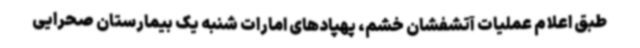
طبق اعلام عملیات آتشفشان خشم، پهپادهای امارات شنبه یک بیمارستان صحرایی